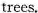
trees.